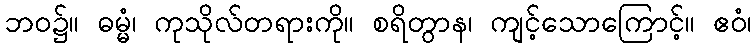
ဘဝ၌။ ဓမ္မံ၊ ကုသိုလ်တရားကို။ စရိတွာန၊ ကျင့်သောကြောင့်။ ဧဝံ၊